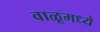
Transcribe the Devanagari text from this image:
वाळूमध्ये